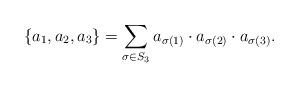
LaTeX: \begin{align*}\{a_1,a_2,a_3\}=\sum_{\sigma\in S_3} a_{\sigma(1)}\cdot a_{\sigma(2)}\cdot a_{\sigma(3)}. \end{align*}